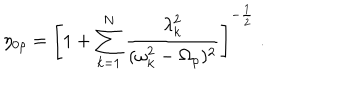
\eta _ { 0 \rho } = \left[ 1 + \sum _ { k = 1 } ^ { N } \frac { \lambda _ { k } ^ { 2 } } { ( \omega _ { k } ^ { 2 } - \Omega _ { \rho } ) ^ { 2 } } \right] ^ { - \frac { 1 } { 2 } } \; .